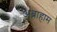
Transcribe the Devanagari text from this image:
अब्राहाम